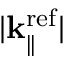
| { \bf k } _ { \parallel } ^ { \mathrm { r e f } } |